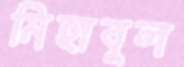
মিহাবুল